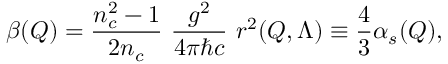
\beta ( Q ) = { \frac { n _ { c } ^ { 2 } - 1 } { 2 n _ { c } } } \ { \frac { g ^ { 2 } } { 4 \pi \hbar c } } \ r ^ { 2 } ( Q , \Lambda ) \equiv { \frac { 4 } { 3 } } \alpha _ { s } ( Q ) ,